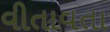
વીતાવતા